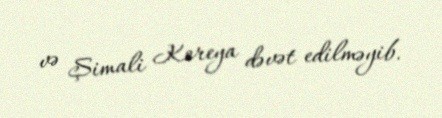
və Şimali Koreya dəvət edilməyib.